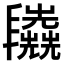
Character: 𠃈